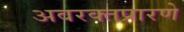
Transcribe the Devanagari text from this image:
अवरक्तप्रारणे